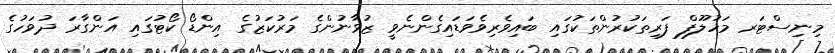
މިނިސްޓަރ މަހުލޫފް ފަރިތަކުރުންތަކުގައި ބައިވެރިވެވަޑައިގެންނެވީ ޒުވާނުންގެ މަރުކަޒުގެ އިންޑޯ ކޯޓުގައި އަންގާރަ ދުވަހުގެ